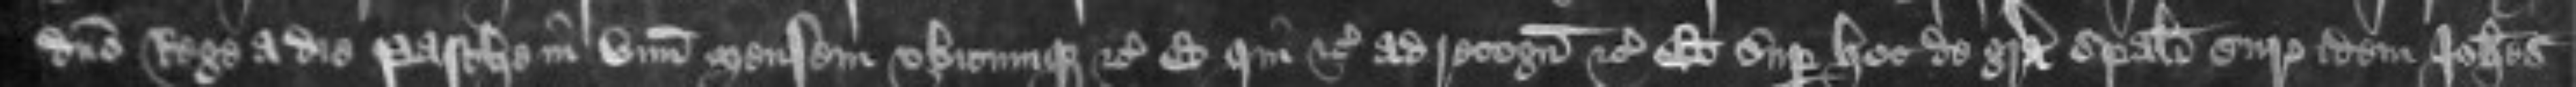
domino Rege a die Pasche in unum mensem ubicunque etc Et qui etc ad recognoscendum etc Et super hoc de gratia speciali Curie idem Johannes